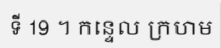
ទី 19 ។ កន្ទេល ក្រហម